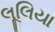
લૂલિયા